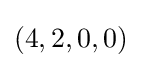
(4,2,0,0)